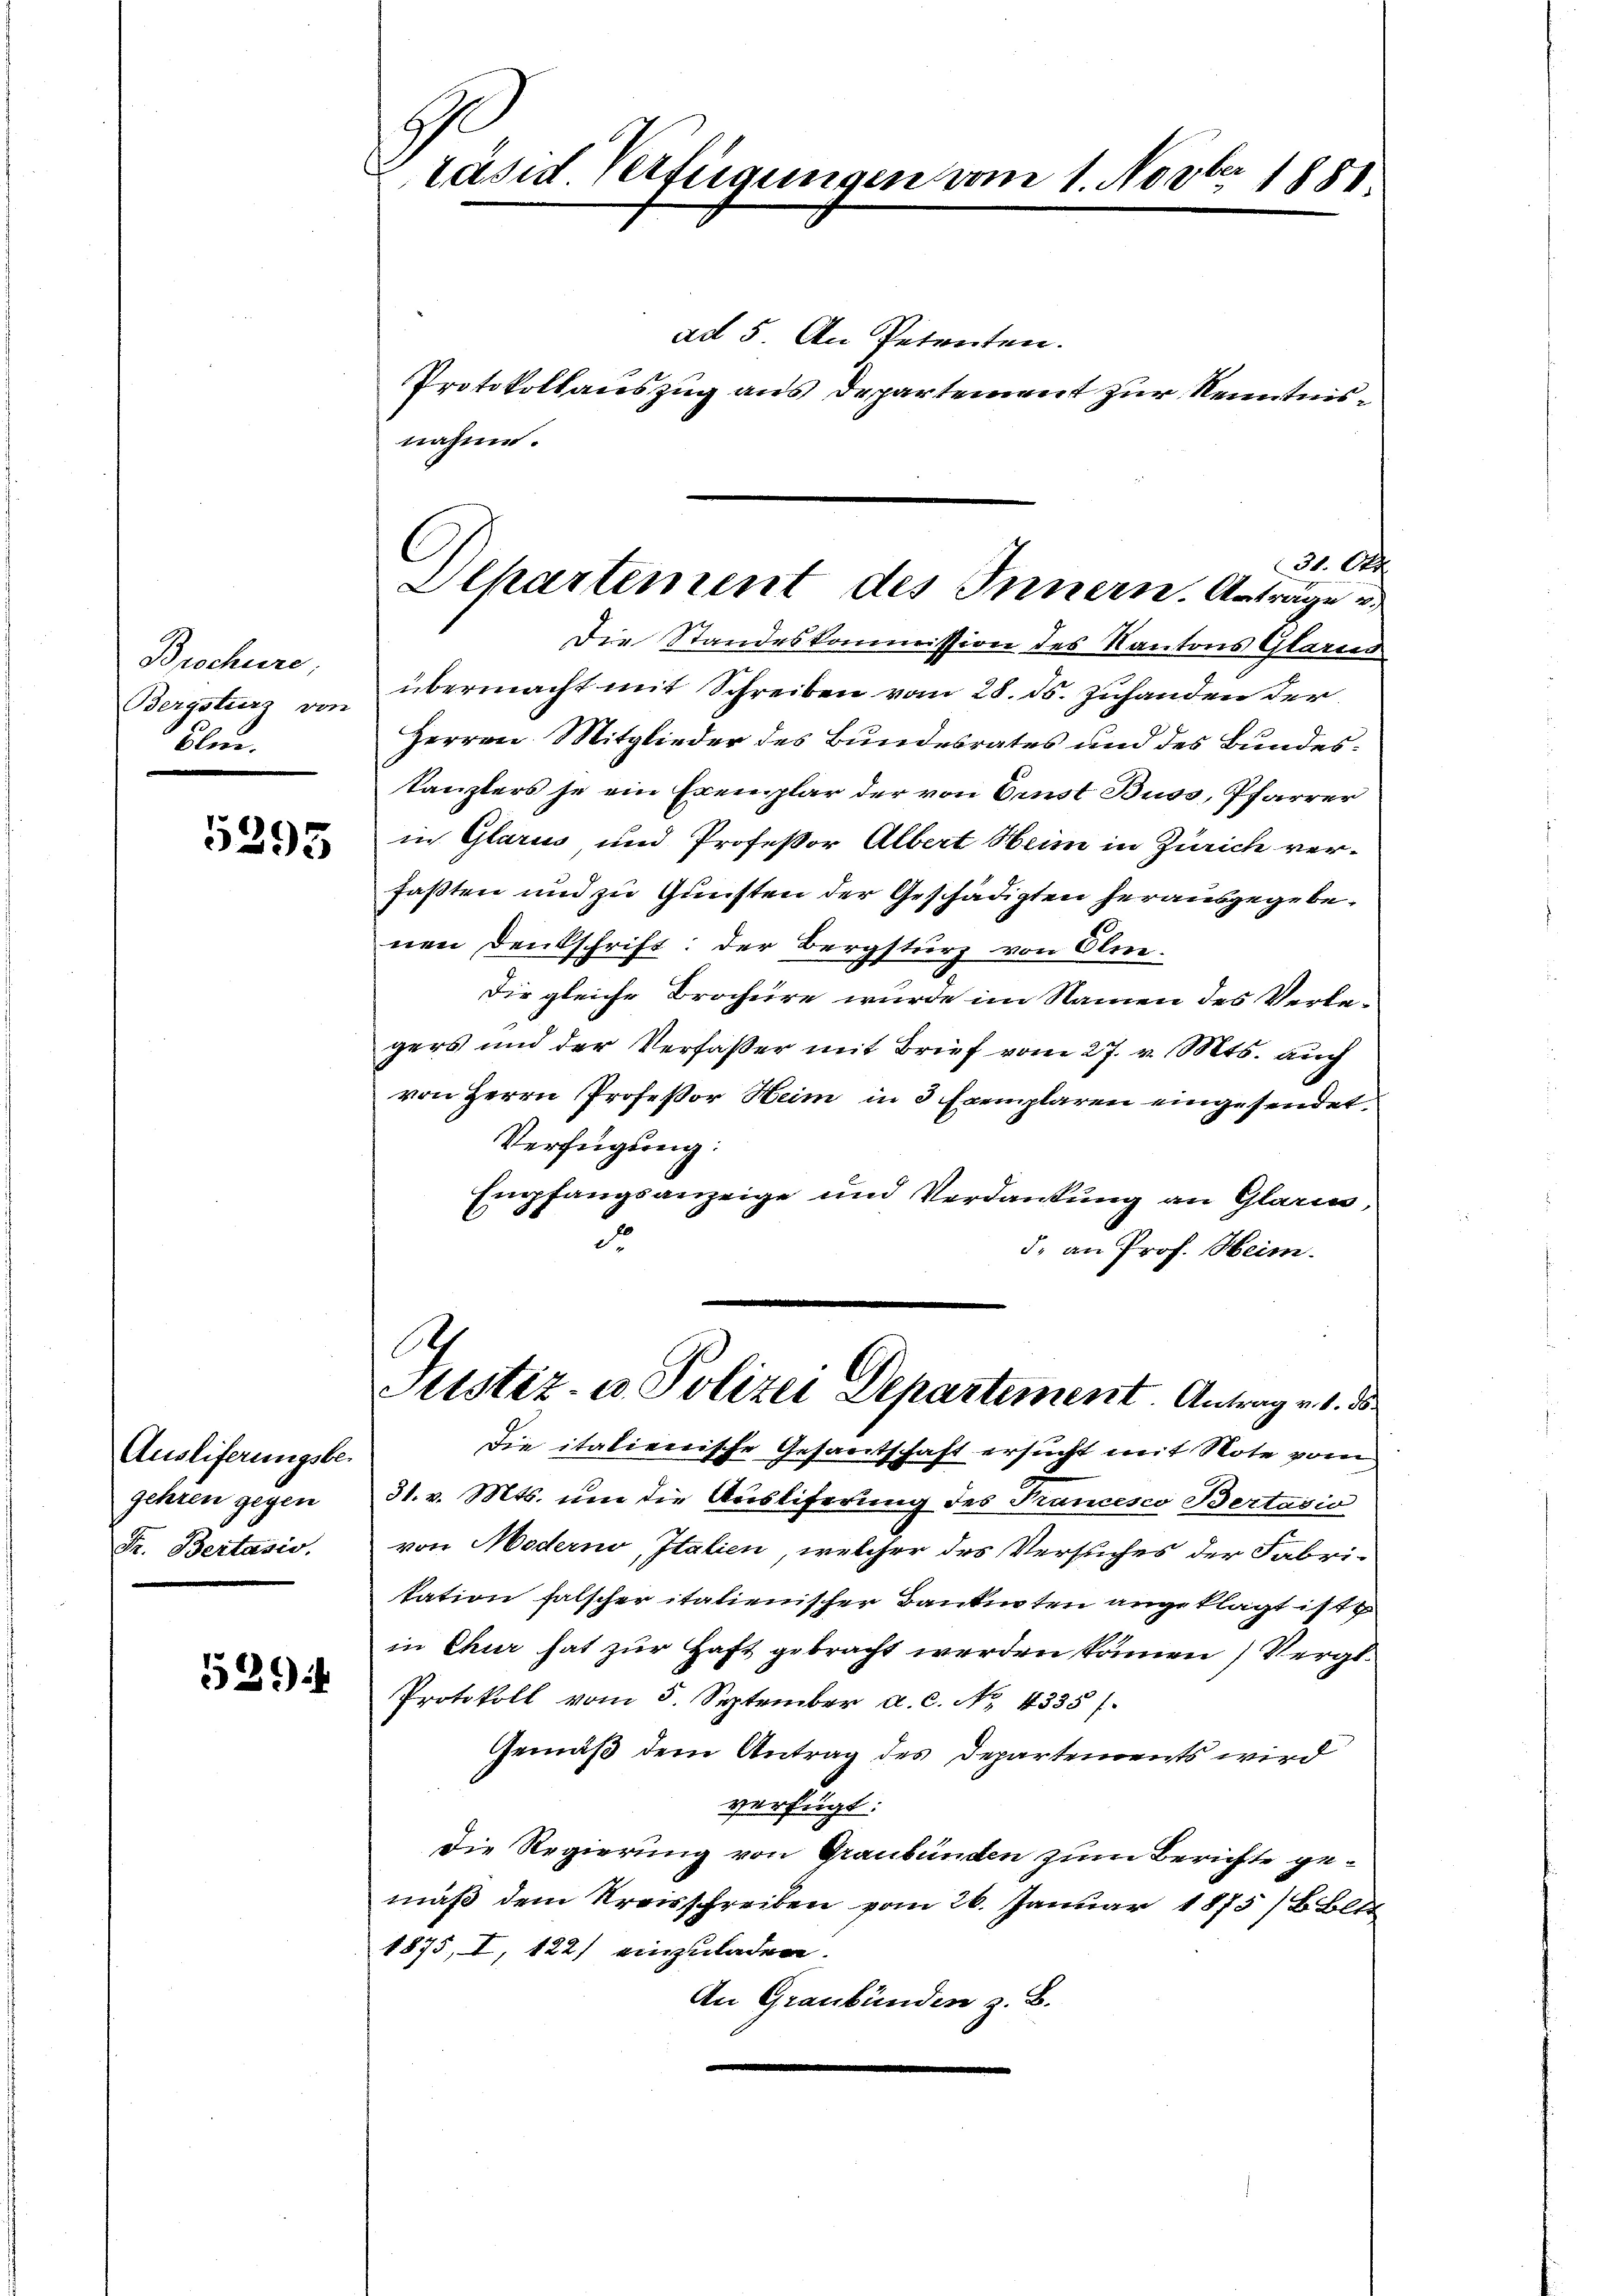
Brockere:
Bergsturz von
Blen.

5295

Ausliferungsbe-
gehren gegen
Fr. Bertasio.

524

G
räsid Verfügungen vom 1. Novber 1881

31. Oct.
Departement des Innern. Anträge u.

ad 5. An Petenten.
Protokollauszug aus Departement zur Kenntnisnahm.
Die Standeskommission des Kantons Glarus
übermacht mit Schreiben vom 28. ds. Zuhanden der
Herren Mitglieder des Bundesrates und des Bundestanzlers je ein Exemplar der von Ernst Buss, Pfarrer
in Glarus und Professor Albert Heim in Zürich verfaßten und zu Gunsten der Geschädigten herausgegebenen Denkschrift: der Bergsturz von Olne.
Dir gleiche Brachere wurde im Namen des Verlegers und der Verfasser mit Brief vom 27. v. Mts. auch
von Herrn Professor Heim in 3 Exemplaren eingesendet,
Verfügung:
Empfangsanzeige und Verdankung an Glarus,
d
d. an Prof. Heim.
e
Justiz- u. Polizei Departement Antrag v. 1. ds
die italienische Gesamtschaft ersucht mit Note vom
31. v. Mts. um die Ausliferung des Francesco Bertasio
von Moderno, Italien, welcher des Versuches der Fabri-
tation falscher italienischer Banknoten angeklagt ist
in Chur hat zur Haft gebracht werden können) Vergl
Protokoll vom 5. September a. c. No. 4335/
Gemäß dem Antrag des Departements wird
verfügt:
Die Regierung von Graubünden zum Berichte gemäß dem Kreisschreiben vom 26. Januar 1875, Blu
1875, I, 122) einzuladen.
An Graubünden z. B.